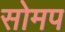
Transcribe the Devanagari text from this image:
सोमप